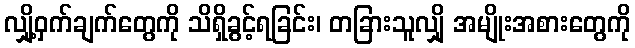
လျှို့ဝှက်ချက်တွေကို သိရှိခွင့်ရခြင်း၊ တခြားသူလျှို အမျိုးအစားတွေကို